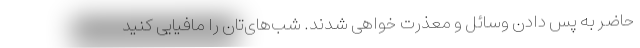
حاضر به پس دادن وسائل و معذرت خواهی شدند. شب‌های‌تان را مافیایی کنید